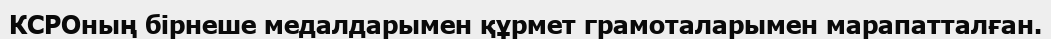
КСРОның бірнеше медалдарымен құрмет грамоталарымен марапатталған.